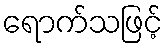
ရောက်သဖြင့်